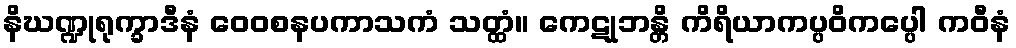
နိဃဏ္ဍုရုက္ခာဒီနံ ဝေဝစနပကာသကံ သတ္ထံ။ ကေဋုဘန္တိ ကိရိယာကပ္ပဝိကပ္ပေါ ကဝီနံ